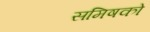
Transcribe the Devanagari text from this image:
समिषको